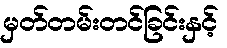
မှတ်တမ်းတင်ခြင်းနှင့်